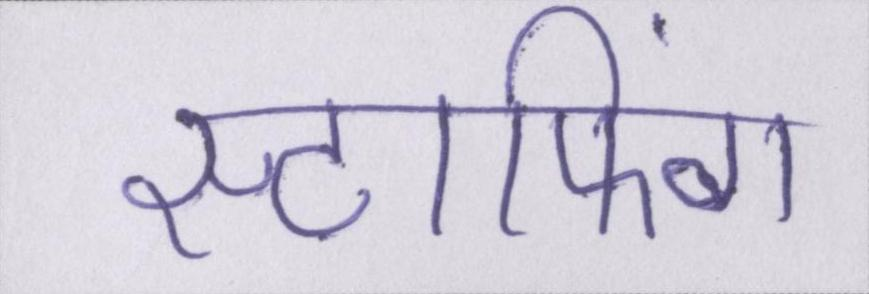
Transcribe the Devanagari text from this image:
स्टाफिंग